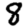
Digit: 8